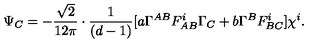
\Psi _ { C } = - \frac { \sqrt { 2 } } { 1 2 \pi } \cdot \frac { 1 } { ( d - 1 ) } [ a \Gamma ^ { A B } F _ { A B } ^ { i } \Gamma _ { C } + b \Gamma ^ { B } F _ { B C } ^ { i } ] \chi ^ { i } .